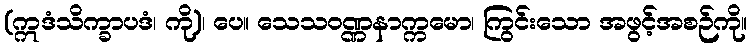
(ဣဒံသိက္ခာပဒံ၊ ကို)၊ ပေ။ သေသဝဏ္ဏနာက္ကမော၊ ကြွင်းသော အဖွင့်အစဉ်ကို။